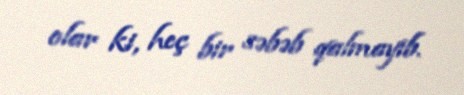
olar ki, heç bir səbəb qalmayıb.